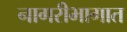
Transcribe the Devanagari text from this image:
नागरीभागात